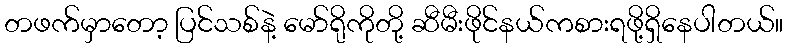
တဖက်မှာတော့ ပြင်သစ်နဲ့ မော်ရိုကိုတို့ ဆီမီးဖိုင်နယ်ကစားရဖို့ရှိနေပါတယ်။